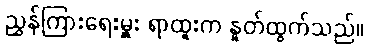
ညွှန်ကြားရေးမှူး ရာထူးက နှုတ်ထွက်သည်။